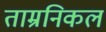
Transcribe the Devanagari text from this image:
ताम्रनिकल